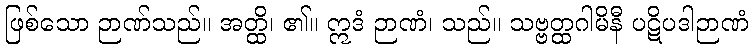
ဖြစ်သော ဉာဏ်သည်။ အတ္ထိ၊ ၏။ ဣဒံ ဉာဏံ၊ သည်။ သဗ္ဗတ္ထဂါမိနီ ပဋိပဒါဉာဏံ